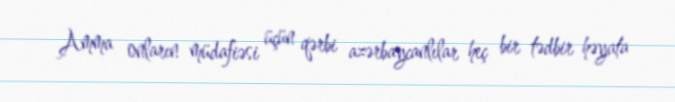
Amma onların müdafiəsi üçün qərbi azərbaycanlılar heç bir tədbir həyata